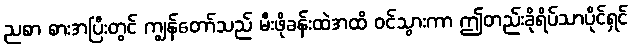
ညစာ စားအပြီးတွင် ကျွန်တော်သည် မီးဖိုခန်းထဲအထိ ဝင်သွားကာ ဤတည်းခိုရိပ်သာပိုင်ရှင်